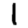
Digit: 1